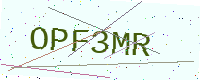
Text: OPF3MR